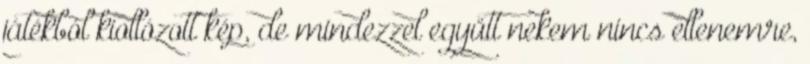
játékból kiollózott kép, de mindezzel együtt nekem nincs ellenemre,